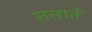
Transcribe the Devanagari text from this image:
ललाते